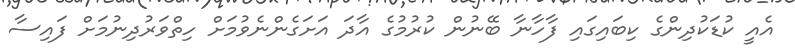
އެއީ ކުޑަކުދިންގެ ކިބައިގައި ފާހާނާ ބޭނުން ކުރުމުގެ އާދަ އަށަގެންނެވުމަށް ހިތްވަރުދިނުމަށް ފައިސާ